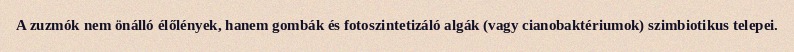
A zuzmók nem önálló élőlények, hanem gombák és fotoszintetizáló algák (vagy cianobaktériumok) szimbiotikus telepei.